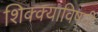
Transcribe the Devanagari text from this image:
शिक्क्याविषयी